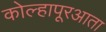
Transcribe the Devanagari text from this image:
कोल्हापूरआता